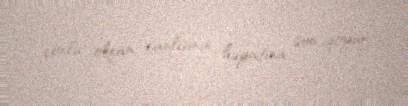
çoxlu okean canlısının həyatına son qoyur.